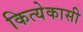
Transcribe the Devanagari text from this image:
कित्येकासी